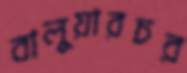
বালুয়ারচর